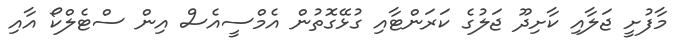
މާފުށީ ޖަލާއި ކާށިދޫ ޖަލުގެ ކަރަންޓާއި ގުޅޭގޮތުން އެމްސީއެސް އިން ސްޓެލްކޯ އާއި